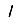
Digit: 1